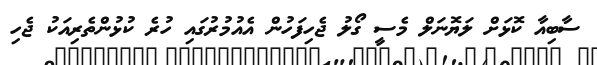
ސާބިއާ ކޮޅަށް ލަޔޮނަލް މެސީ ގޯލު ޖެހިފަހުން އެއުމުރުގައި ހުރެ ކުޅުންތެރިއަކު ޖެހި